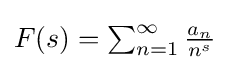
{\textstyle F(s)=\sum _{n=1}^{\infty }{\frac {a_{n}}{n^{s}}}}